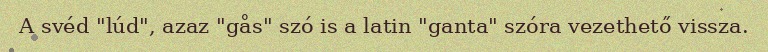
A svéd "lúd", azaz "gås" szó is a latin "ganta" szóra vezethető vissza.